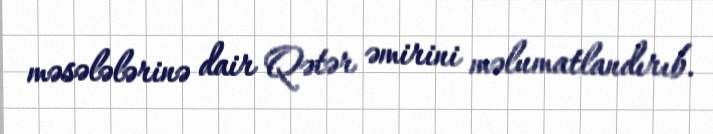
məsələlərinə dair Qətər əmirini məlumatlandırıb.